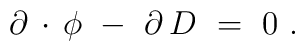
\partial \, \cdot \, \phi \ - \ \partial \, D \ = \ 0 \ .